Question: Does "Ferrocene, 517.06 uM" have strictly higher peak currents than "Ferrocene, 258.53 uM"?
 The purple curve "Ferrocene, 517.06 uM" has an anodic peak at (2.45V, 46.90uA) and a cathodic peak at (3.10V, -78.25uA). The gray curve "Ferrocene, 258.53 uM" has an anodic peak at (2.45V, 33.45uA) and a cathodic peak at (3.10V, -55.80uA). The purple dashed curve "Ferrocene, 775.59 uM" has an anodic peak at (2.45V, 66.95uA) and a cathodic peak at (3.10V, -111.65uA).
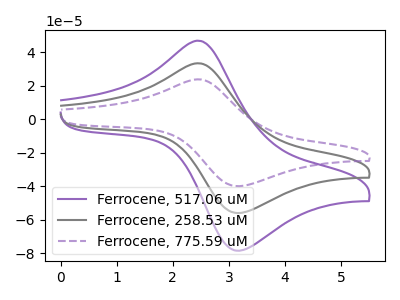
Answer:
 <answer>Every peak in "Ferrocene, 517.06 uM" is higher than every peak in "Ferrocene, 258.53 uM".</answer>
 <eval>higher</eval>